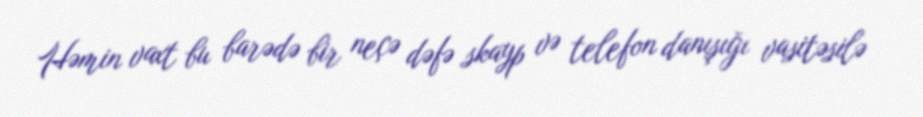
Həmin vaxt bu barədə bir neçə dəfə skayp və telefon danışığı vasitəsilə